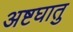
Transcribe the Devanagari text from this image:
अष्टघातु